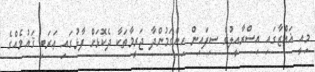
މިއީ ޣައްޒާގައި އިސްރާއީލުގެ ސިފައިން ހިންގަމުންދާ ޖަރީމާތަކާ ދެކޮޅަށް ފާޅުގައި ޢަރަބި ޤައުމެއްގެ